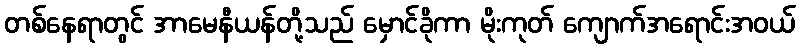
တစ်နေရာတွင် အာမေနီယန်တို့သည် မှောင်ခိုကာ မိုးကုတ် ကျောက်အရောင်းအဝယ်